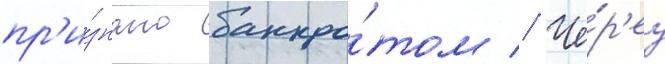
пр'и́знано банкро́том // Че́р'ез